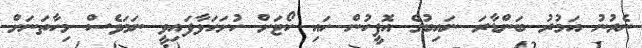
ނެރުނު އަމުރު ބަންޑާރަ ނައިބުގެ އޮފީހުން ހައި ކޯޓަށް ހުށަހަޅާފައިވީ ނަމަވެސް މިހާތަނަށް